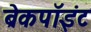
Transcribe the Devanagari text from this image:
ब्रेकपॉइंट